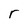
Character: r